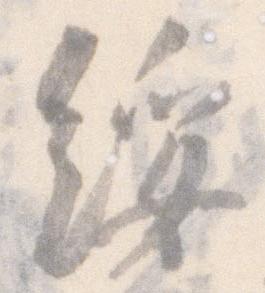
綏